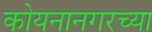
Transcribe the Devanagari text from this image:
कोयनानगरच्या